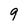
Character: 9